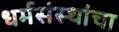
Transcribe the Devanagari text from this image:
धर्मसंस्थांचा